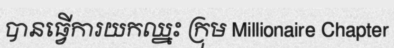
បានធ្វើការយកឈ្នះ ក្រុម Millionaire Chapter